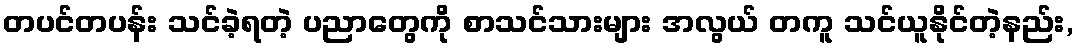
တပင်တပန်း သင်ခဲ့ရတဲ့ ပညာတွေကို စာသင်သားများ အလွယ် တကူ သင်ယူနိုင်တဲ့နည်း,